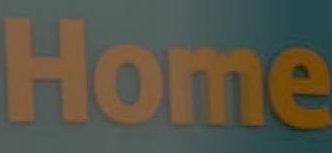
Home